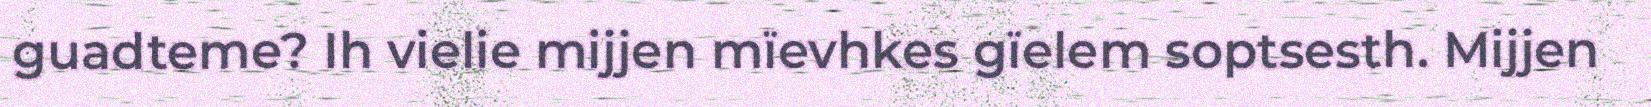
guadteme? Ih vielie mijjen mïevhkes gïelem soptsesth. Mijjen